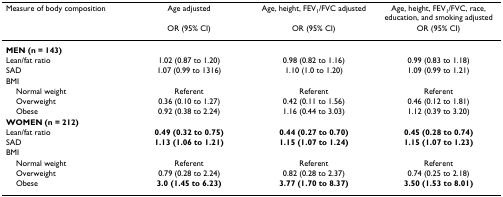
<table><thead><tr><td><b>Measure of body composition</b></td><td><b>Age adjusted</b></td><td><b>Age, height, FEV<sub>1</sub>/FVC adjusted</b></td><td><b>Age, height, FEV<sub>1</sub>/FVC, race, education, and smoking adjusted</b></td></tr><tr><td></td><td><b>OR (95% CI)</b></td><td><b>OR (95% CI)</b></td><td><b>OR (95% CI)</b></td></tr></thead><tbody><tr><td><b>MEN (n = 143)</b></td><td></td><td></td><td></td></tr><tr><td>Lean/fat ratio</td><td>1.02 (0.87 to 1.20)</td><td>0.98 (0.82 to 1.16)</td><td>0.99 (0.83 to 1.18)</td></tr><tr><td>SAD</td><td>1.07 (0.99 to 1316)</td><td>1.10 (1.0 to 1.20)</td><td>1.09 (0.99 to 1.21)</td></tr><tr><td>BMI</td><td></td><td></td><td></td></tr><tr><td> Normal weight</td><td>Referent</td><td>Referent</td><td>Referent</td></tr><tr><td> Overweight</td><td>0.36 (0.10 to 1.27)</td><td>0.42 (0.11 to 1.56)</td><td>0.46 (0.12 to 1.81)</td></tr><tr><td> Obese</td><td>0.92 (0.38 to 2.24)</td><td>1.16 (0.44 to 3.03)</td><td>1.12 (0.39 to 3.20)</td></tr><tr><td><b>WOMEN (n = 212)</b></td><td></td><td></td><td></td></tr><tr><td>Lean/fat ratio</td><td><b>0.49 (0.32 to 0.75)</b></td><td><b>0.44 (0.27 to 0.70)</b></td><td><b>0.45 (0.28 to 0.74)</b></td></tr><tr><td>SAD</td><td><b>1.13 (1.06 to 1.21)</b></td><td><b>1.15 (1.07 to 1.24)</b></td><td><b>1.15 (1.07 to 1.23)</b></td></tr><tr><td>BMI</td><td></td><td></td><td></td></tr><tr><td> Normal weight</td><td>Referent</td><td>Referent</td><td>Referent</td></tr><tr><td> Overweight</td><td>0.79 (0.28 to 2.24)</td><td>0.82 (0.28 to 2.37)</td><td>0.74 (0.25 to 2.18)</td></tr><tr><td> Obese</td><td><b>3.0 (1.45 to 6.23)</b></td><td><b>3.77 (1.70 to 8.37)</b></td><td><b>3.50 (1.53 to 8.01)</b></td></tr></tbody></table>